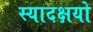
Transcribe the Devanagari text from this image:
स्यादक्षयो